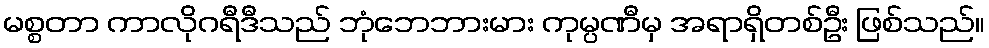
မစ္စတာ ကာလိုဂရီဒီသည် ဘုံဘေဘားမား ကုမ္ပဏီမှ အရာရှိတစ်ဦး ဖြစ်သည်။